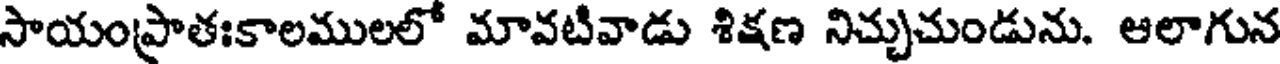
సాయంప్రాతఃకాలములలో మావటివాడు శిక్షణ నిచ్చుచుండును. ఆలాగున